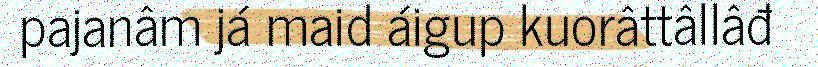
pajanâm já maid áigup kuorâttâllâđ